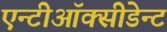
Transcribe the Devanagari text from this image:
एन्टीऑक्सीडेन्ट